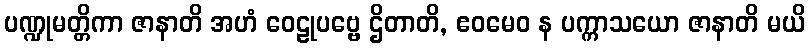
ပဏ္ဍုမတ္တိကာ ဇာနာတိ အဟံ ဝေဠုပဗ္ဗေ ဌိတာတိ, ဧဝမေဝ န ပက္ကာသယော ဇာနာတိ မယိ